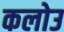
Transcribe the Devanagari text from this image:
कलोउ